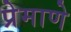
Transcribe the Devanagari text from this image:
प्रेमाणे